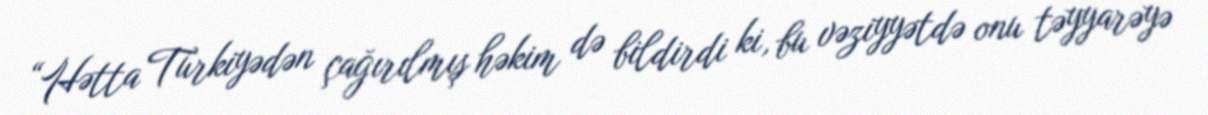
“Hətta Türkiyədən çağırılmış həkim də bildirdi ki, bu vəziyyətdə onu təyyarəyə